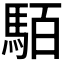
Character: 𩢷